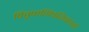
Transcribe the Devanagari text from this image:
पितृपाणिपरिष्कारो